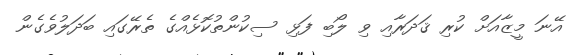
އޭނަ މީޒާއަށް ކުރި ޤަދަރާއި ވި ލޯބި ފަޅި ސިކުންތުކޮޅެއްގެ ތެރޭގައި ބަދަލުވެގެން